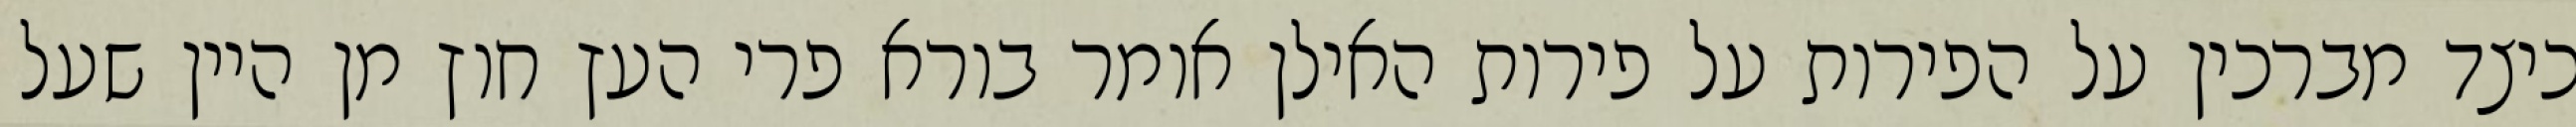
כיצד מברכין על הפירות על פירות האילן אומר בורא פרי העץ חוץ מן היין שעל